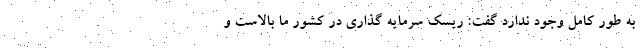
به طور کامل وجود ندارد گفت: ریسک سرمایه گذاری در کشور ما بالاست و